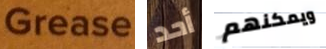
Grease أحد ويمكنهم